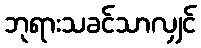
ဘုရားသခင်သာလျှင်